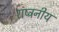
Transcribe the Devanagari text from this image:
राष्ट्रनीय